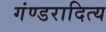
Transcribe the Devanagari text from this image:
गंण्डरादित्य